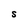
Character: S